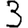
Digit: 3